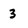
Character: 3